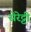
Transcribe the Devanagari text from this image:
सेरेट्टी